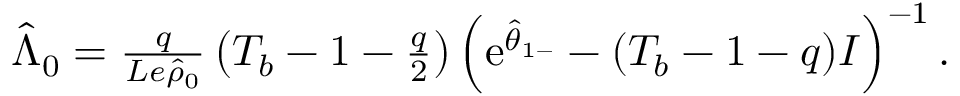
\begin{array} { r } { \hat { \Lambda } _ { 0 } = \frac { q } { L e \hat { \rho } _ { 0 } } \left( T _ { b } - 1 - \frac { q } { 2 } \right) \left( \mathrm { e } ^ { \hat { \theta } _ { 1 - } } - ( T _ { b } - 1 - q ) I \right) ^ { - 1 } . } \end{array}